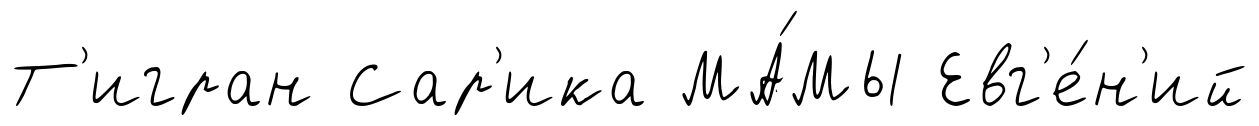
Т'игран Сар'ика МА́МЫ Евг'е́н'ий